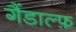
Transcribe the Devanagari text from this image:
गैंडाल्फ़